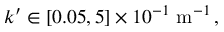
\begin{array} { r } { k ^ { \prime } \in [ 0 . 0 5 , 5 ] \times 1 0 ^ { - 1 } \mathrm { \ m } ^ { - 1 } \, , } \end{array}